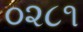
૦૨૮૧